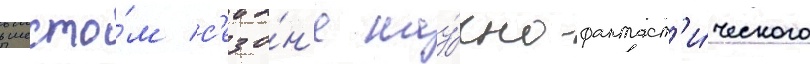
в шесто́м с'езо́н'е нау́чно-фантаст'и́ческого